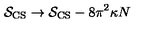
{ \cal S } _ { \mathrm { C S } } \to { \cal S } _ { \mathrm { C S } } - 8 \pi ^ { 2 } \kappa N